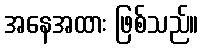
အနေအထား ဖြစ်သည်။